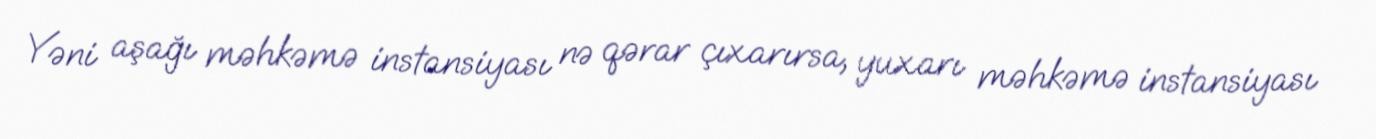
Yəni aşağı məhkəmə instansiyası nə qərar çıxarırsa, yuxarı məhkəmə instansiyası